Report on vaccination in Madras 1922-1929 - 1922-1929
Year: 1922
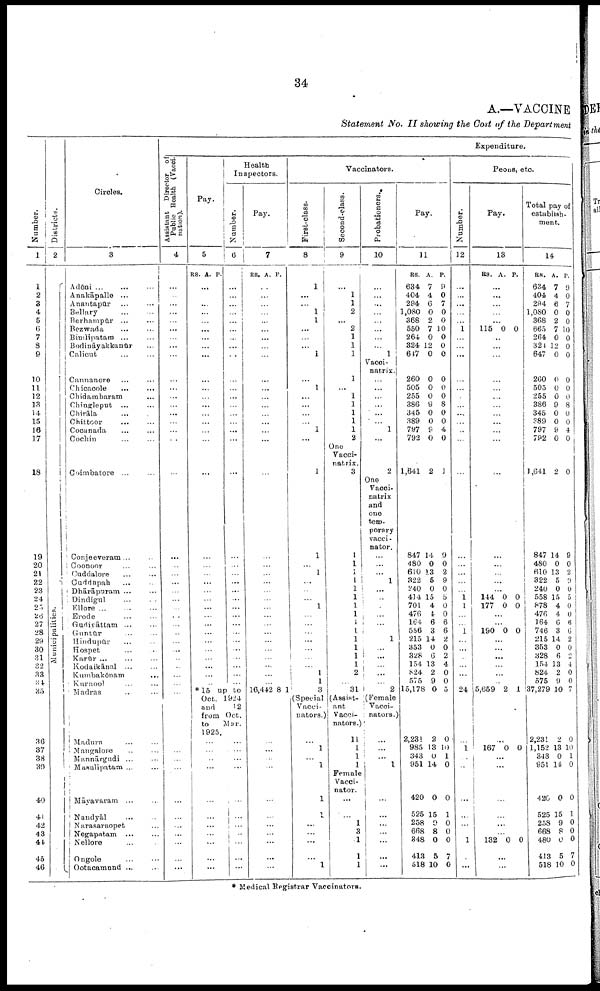
34
A.—VACCINE
Statement No. II showing the Cost of the Department
Number.
1
1
2
3
4
5
6
7
8
9
10
11
12
13
14
15
16
17
18
19
20
21
22
23
24
25
26
27
28
29
30
31
32
33
34
35
36
37
38
39
40
41
42
43
44
45
46
Districts.
2
Municipalities.
Circles.
3
Adōni ... ... ...
Anakāpalle ...
Anantapūr ... ...
Bellary ... ...
Berhampūr ... ...
Bezwada ... ...
Bimlipatam ...
Bodināyakkanūr ...
Calicut ... ...
Cannanore ... ...
Chicacole
...
...
Chidambaram ...
Chingleput ... ...
Chirāla ...
Chittoor
... ...
Cocanada ... ...
Cochin ... ...
Coimbatore
... ...
Conjeeveram ... ...
Coonoor ... ...
Cuddalore ... ...
Cuddapah
...
...
Dhārāpuram ... ...
Dindigul ... ...
Ellore ...
...
...
Erode ... ...
Gudiyāttam ... ...
Guntūr ... ...
Hindupūr ... ...
Hospet ... ...
Karūr ... ... ...
Kodaikānal ... ...
Kumbakōnam
...
Kurnool ... ...
Madras ... ...
Madura ... ...
Mangalore ... ...
Mannārgudi ... ...
Masulipatam ... ...
Māvavaram
... ...
Nandyāl
... ...
Narasaraopet ...
Negapatam
...
...
Nellore ...
Ongole ... ...
Ootacamund ... ...
Expenditure.
Assistant Director of
Public Health (Vacci
nation).
4
...
...
...
...
...
...
...
...
...
...
...
...
...
...
...
...
...
...
...
...
...
...
...
...
...
...
...
...
...
...
...
...
...
...
...
...
...
...
...
...
...
...
...
...
...
...
Pay.
5
RS. A. P.
...
...
...
...
...
...
...
...
...
...
...
...
...
...
...
...
...
...
...
...
...
...
...
...
...
...
...
...
...
...
...
...
...
...
Health
Inspectors.
Number.
6
...
...
...
...
...
...
...
...
...
...
...
...
...
...
...
...
...
...
...
...
...
...
...
...
...
...
...
...
...
...
...
...
...
...
*15 up to
Oct. 1924
and
12
from Oct.
to Mar.
1925.
...
...
...
...
...
...
...
...
...
...
...
...
...
...
...
...
...
...
...
...
...
...
Pay.
7
RS. A. P.
...
...
...
...
...
...
...
...
...
...
...
...
...
...
...
...
...
...
...
...
...
...
...
...
...
...
...
...
...
...
...
...
...
...
16,442 8
1
...
...
...
...
...
...
...
...
...
...
...
Vaccinators.
First-class.
8
1
...
...
1
1
...
...
...
1
...
1
...
...
...
...
1
...
1
1
...
1
...
...
...
1
...
...
...
...
...
...
...
1 1
3
(Special
Vacci
nators.)
1
...
1
1
1
...
...
...
...
1
Second-class.
9
...
1
1
2
...
2
1
1
1
1
...
1
1
1
1
1
2
One
Vacci¬
natrix.
3
1
1
1
1
1
1
1
1
1
1
1
1
1
1
2
...
31
(Assist
ant
Vacci
nators.)
11
1
1
1
Female
Vacci
nator.
...
...
1
3
1
1
1
Probationers.
10
...
...
...
...
...
...
...
...
1
Vacci¬
natrix.
...
...
...
...
...
...
1
...
2
One
Vacci¬
natrix
and
one
tem
porary
vacci¬
nator.
...
...
...
1
...
...
...
...
...
...
1
...
...
...
...
...
2
(Female
Vacci¬
nators.)
...
...
...
1
...
...
...
...
...
...
...
Pay.
11
RS.
634
404
294
1,080
368
550
264
324
647
260
505
255
386
345
389
797
792
1,641
847
480
610
322
240
414
701
476
164
556
215
353
328
154
824
575
15,178
2,231
985
343
951
420
525
258
668
348
413
518
A.
7
4
6
0
2
7
0
12
0
0
0
0
9
0
0
9
0
2
14
0
13
5
0
15
4
4
6
3
14
0
6
13
2
9
0
2
13
0
14
0
15
9
8
0
5
10
P.
9
0
7
0
0
10
0
0
0
0
0
0
8
0
0
4
0
1
9
0
2
9
0
5
0
0
6
6
2
0
2
4
0
0
5
0
10
1
0
0
1
0
0
0
7
0
Peons, etc.
Number.
12
...
...
...
...
...
1
...
...
...
...
...
...
...
...
...
...
...
...
...
...
...
...
...
1 1
...
...
1
...
...
...
...
...
...
24
...
1
...
...
...
...
...
...
1
...
...
Pay.
13
RS. A. P.
...
...
...
...
...
115 0 0
...
...
...
...
...
...
...
...
...
...
...
...
...
...
...
...
...
144
177
0
0 0 0
...
...
190 0 0
...
...
...
...
...
...
5,659 2 1
...
167 0 0
...
...
...
...
...
...
132 0 0
...
...
Total pay of
establish
ment.
14
RS.
634
404
294
1,080
368
665
264
324
647
260
505
255
386
345
389
797
792
1,641
847
480
610
322
240
558
878
476
164
746
215
353
328
154
824
575
37,279
2,231
1,152
343
951
420
525
258
668
480
413
518
A.
7
4
6
0
2
7
0
12
0
0
0
0
9
0
0
9
0
2
14
0
13
5
0
15
4
4
6
3
14
0
6
13
2
9
10
2
13
0
14
0
15
9
8
0
5
10
P.
9
0
7
0
0
10
0
0
0
0
0
0
8
0
0
4
0
0
9
0
2
0
0
5
0
0
6
6
2
0
2
4
0
0
7
0
10
1
0
0
1
0
0
0
7
0
* Medical Registrar Vaccinators.